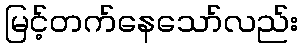
မြင့်တက်နေသော်လည်း